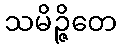
သမိဉ္ဇိတေ